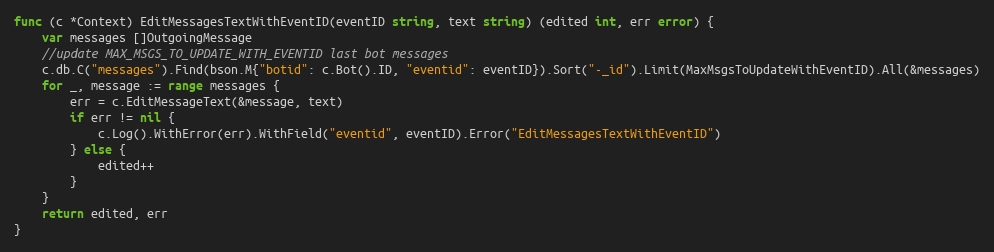
Language: Go
func (c *Context) EditMessagesTextWithEventID(eventID string, text string) (edited int, err error) {
	var messages []OutgoingMessage
	//update MAX_MSGS_TO_UPDATE_WITH_EVENTID last bot messages
	c.db.C("messages").Find(bson.M{"botid": c.Bot().ID, "eventid": eventID}).Sort("-_id").Limit(MaxMsgsToUpdateWithEventID).All(&messages)
	for _, message := range messages {
		err = c.EditMessageText(&message, text)
		if err != nil {
			c.Log().WithError(err).WithField("eventid", eventID).Error("EditMessagesTextWithEventID")
		} else {
			edited++
		}
	}
	return edited, err
}